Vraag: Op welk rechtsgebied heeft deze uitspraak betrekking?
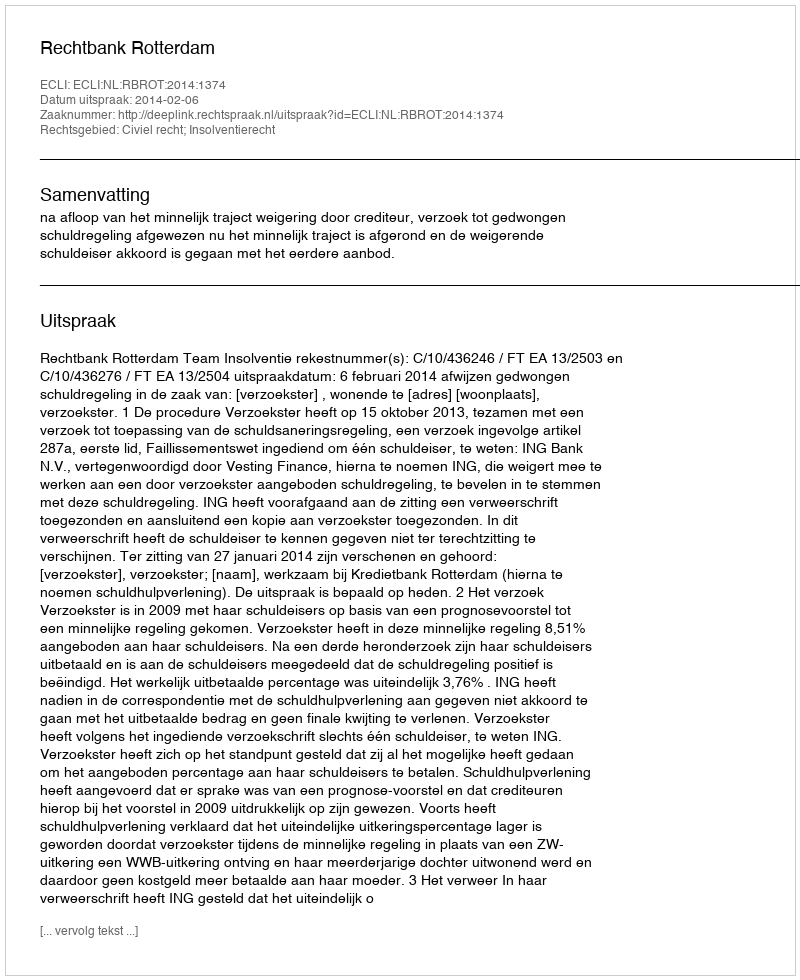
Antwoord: Civiel recht; Insolventierecht